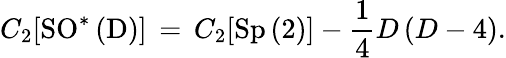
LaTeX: C_{2}[\mathrm{SO^{\ast}\left(D\right)}]\, =\, C_{2}[\mathrm{Sp\left(2\right)}]-\frac{1}{4}D\left(D-4\right).